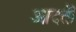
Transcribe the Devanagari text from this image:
आदतॊं